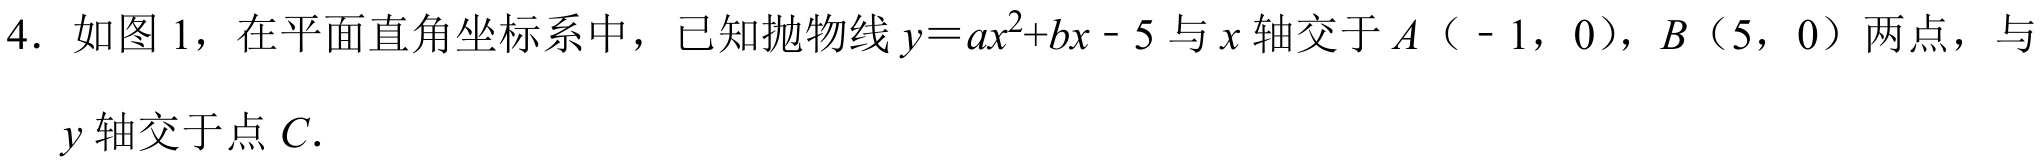
4. 如图1，在平面直角坐标系中，已知抛物线\(y = ax^{2}+bx - 5\)与\(x\)轴交于\(A\)（ - 1，0），\(B\)（5，0）两点，与\(y\)轴交于点\(C\).